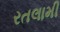
રતલામી